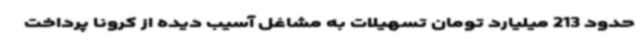
حدود 213 میلیارد تومان تسهیلات به مشاغل آسیب دیده از کرونا پرداخت